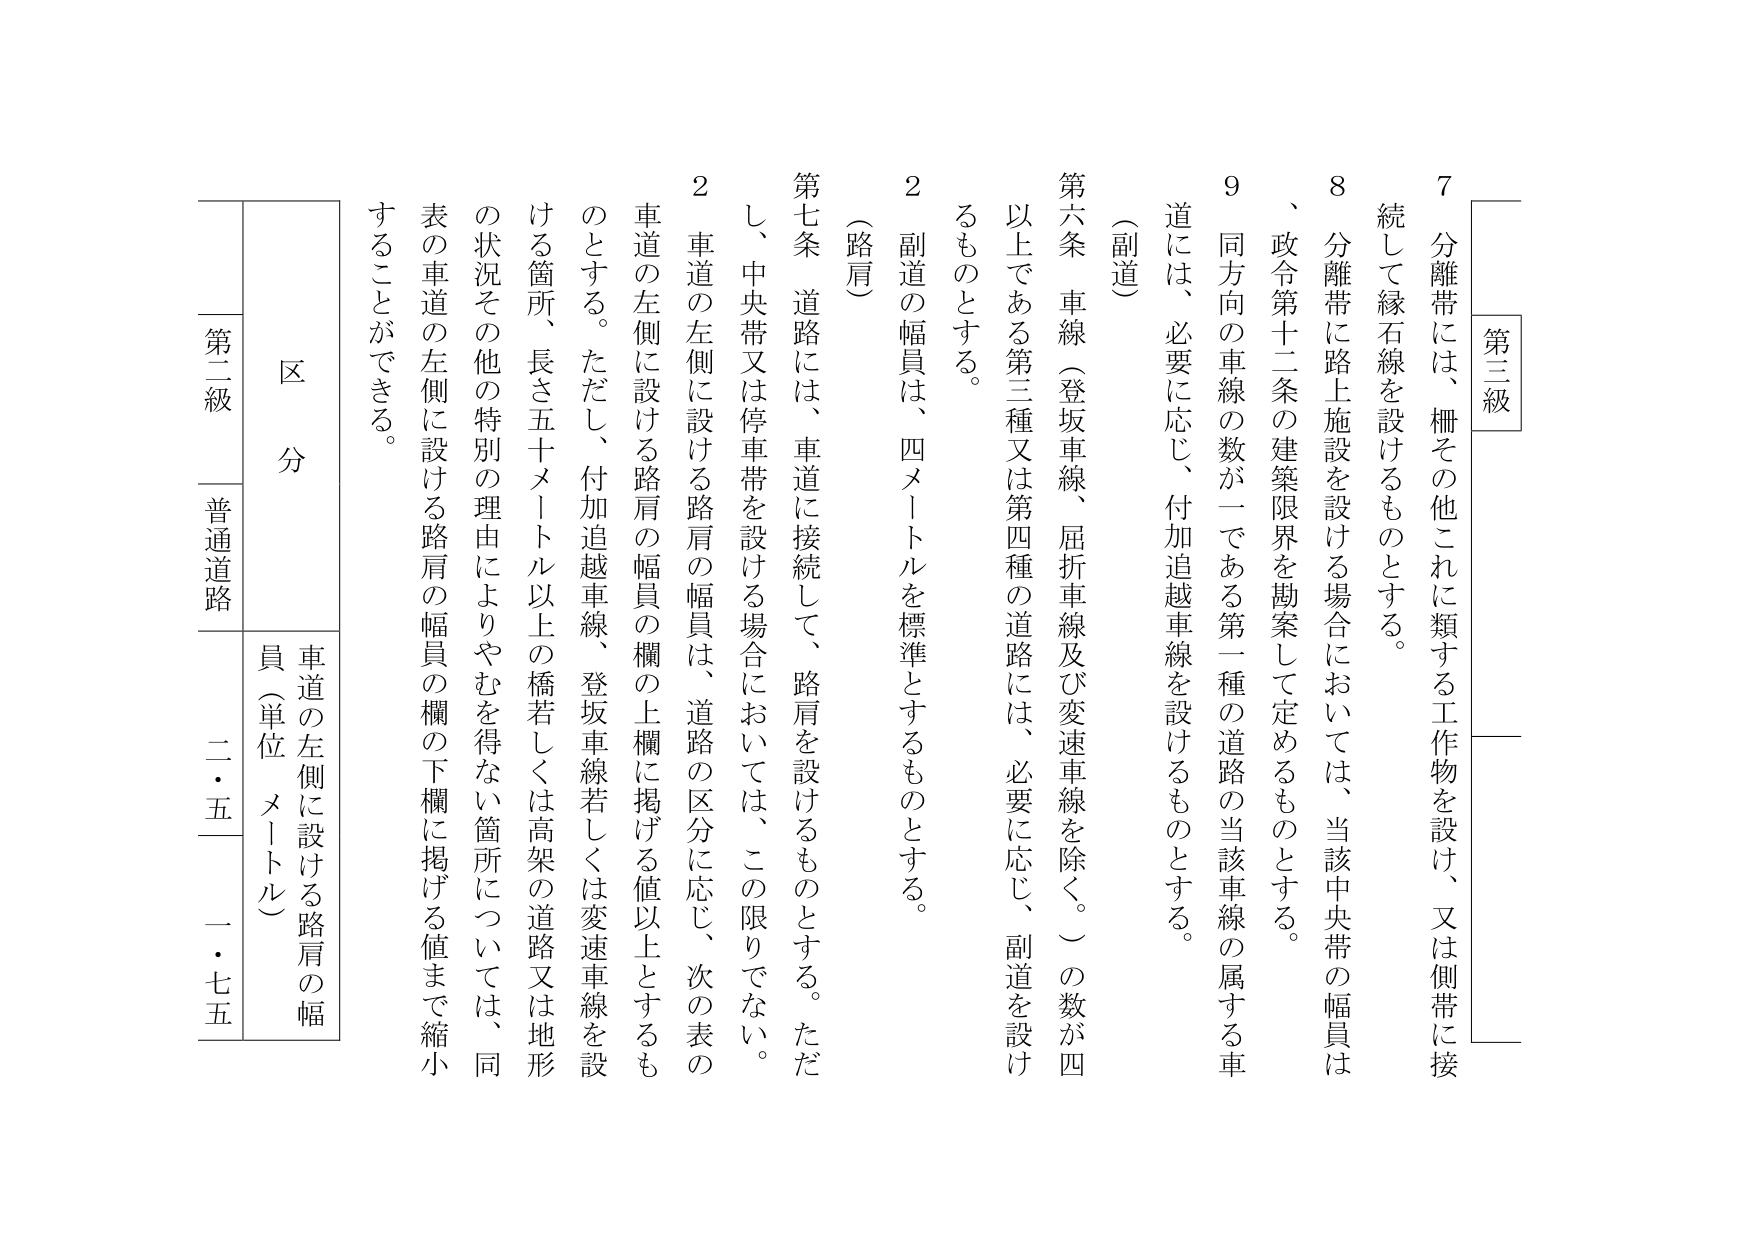
第三級

7 分離帯には、柵その他これに類する工作物を設け、又は側帯に接続して縁石線を設けるものとする。

8 分離帯に路上施設を設ける場合においては、当該中央帯の幅員は、政令第十二条の建築限界を勘案して定めるものとする。

9 同方向の車線の数が一である第一種の道路の当該車線の属する車道には、必要に応じ、付加追越車線を設けるものとする。

（副道）

第六条 車線（登坂車線、屈折車線及び変速車線を除く。）の数が四以上である第三種又は第四種の道路には、必要に応じ、副道を設けるものとする。

2 副道の幅員は、四メートルを標準とするものとする。

（路肩）

第七条 道路には、車道に接続して、路肩を設けるものとする。ただし、中央帯又は停車帯を設ける場合においては、この限りでない。

2 車道の左側に設ける路肩の幅員は、道路の区分に応じ、次の表の車道の左側に設ける路肩の幅員の欄の上欄に掲げる値以上とするものとする。ただし、付加追越車線、登坂車線若しくは変速車線を設ける箇所、長さ五十メートル以上の橋若しくは高架の道路又は地形の状況その他の特別の理由によりやむを得ない箇所については、同表の車道の左側に設ける路肩の幅員の欄の下欄に掲げる値まで縮小することができる。

区 分

車道の左側に設ける路肩の幅員（単位 メートル）

第二級 普通道路 二・五 一・七五